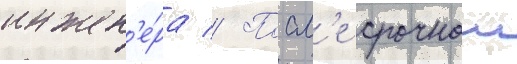
инжен'е́ра // Посл'е срочнои